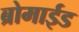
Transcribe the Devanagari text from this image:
ब्रोमाईड